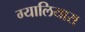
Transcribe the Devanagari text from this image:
ग्यालियारा